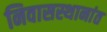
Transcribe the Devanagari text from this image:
निवासस्थानांत